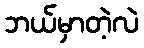
ဘယ်မှာတဲ့လဲ